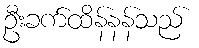
ဦးခက်ထိန်နန်သည်